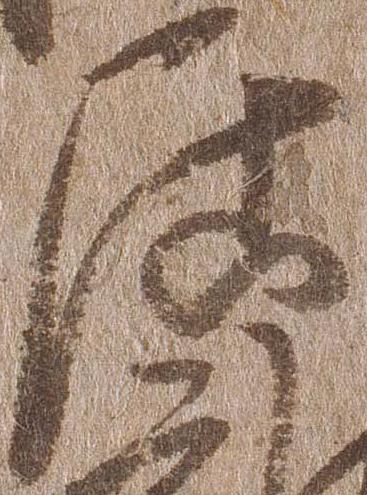
居